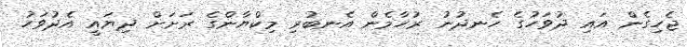
ޖެހިގެން އައި ދުވަހުގެ ހެނދުނު ރުހާމެން އެނބުރި މިކްޔާންގެ ރަށަށް ދިޔައީ އެދުވަހު